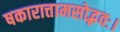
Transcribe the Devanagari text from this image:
षकारात्तामसोद्भवः।